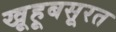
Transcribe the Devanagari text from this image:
खूहूबसूरत